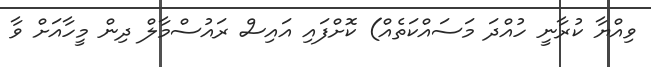
ވިއްޔާ ކުރާނީ ހުއްދަ މަސައްކަތެއް) ކޮށްފައި އައިސް ރައުސްމާލް ދިން މީހާއަށް ވާ